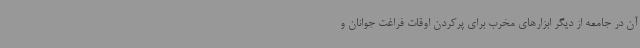
آن در جامعه از دیگر ابزارهای مخرب برای پرکردن اوقات فراغت جوانان و